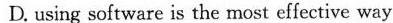
D. using software is the most effective way